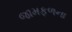
જામફળના